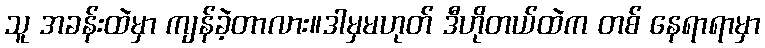
သူ အခန်းထဲမှာ ကျန်ခဲ့တာလား။ဒါမှမဟုတ် ဒီဟိုတယ်ထဲက တစ် နေရာရာမှာ